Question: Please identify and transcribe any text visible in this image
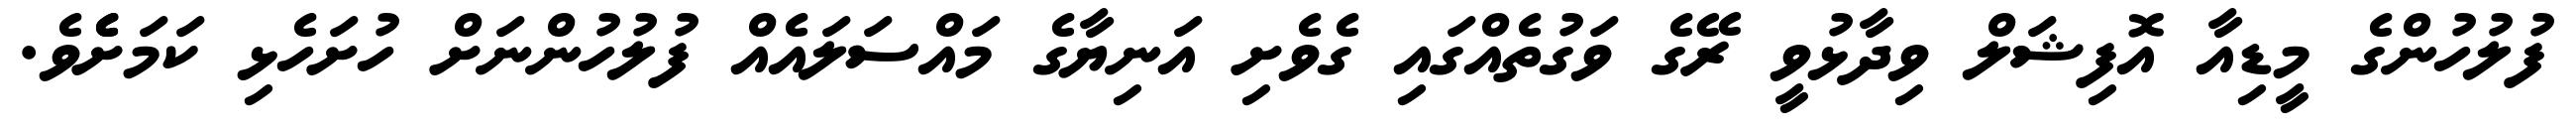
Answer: ފުލުހުންގެ މީޑިއާ އޮފިޝަލް ވިދާޅުވީ ރޭގެ ވަގުތެއްގައި ގެވެށި އަނިޔާގެ މައްސަލައެއް ފުލުހުންނަށް ހުށަހެޅި ކަމަށެެވެ.